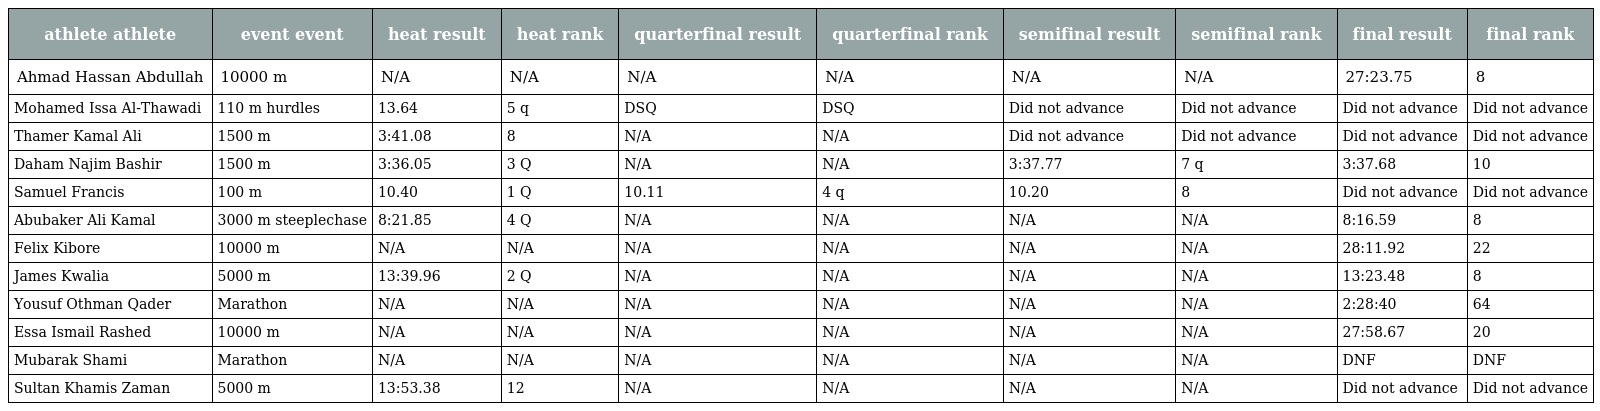
| athlete athlete | event event | heat result | heat rank | quarterfinal result | quarterfinal rank | semifinal result | semifinal rank | final result | final rank |
 | --- | --- | --- | --- | --- | --- | --- | --- | --- | --- |
 | Ahmad Hassan Abdullah | 10000 m | N/A | N/A | N/A | N/A | N/A | N/A | 27:23.75 | 8 |
 | Mohamed Issa Al-Thawadi | 110 m hurdles | 13.64 | 5 q | DSQ | DSQ | Did not advance | Did not advance | Did not advance | Did not advance |
 | Thamer Kamal Ali | 1500 m | 3:41.08 | 8 | N/A | N/A | Did not advance | Did not advance | Did not advance | Did not advance |
 | Daham Najim Bashir | 1500 m | 3:36.05 | 3 Q | N/A | N/A | 3:37.77 | 7 q | 3:37.68 | 10 |
 | Samuel Francis | 100 m | 10.40 | 1 Q | 10.11 | 4 q | 10.20 | 8 | Did not advance | Did not advance |
 | Abubaker Ali Kamal | 3000 m steeplechase | 8:21.85 | 4 Q | N/A | N/A | N/A | N/A | 8:16.59 | 8 |
 | Felix Kibore | 10000 m | N/A | N/A | N/A | N/A | N/A | N/A | 28:11.92 | 22 |
 | James Kwalia | 5000 m | 13:39.96 | 2 Q | N/A | N/A | N/A | N/A | 13:23.48 | 8 |
 | Yousuf Othman Qader | Marathon | N/A | N/A | N/A | N/A | N/A | N/A | 2:28:40 | 64 |
 | Essa Ismail Rashed | 10000 m | N/A | N/A | N/A | N/A | N/A | N/A | 27:58.67 | 20 |
 | Mubarak Shami | Marathon | N/A | N/A | N/A | N/A | N/A | N/A | DNF | DNF |
 | Sultan Khamis Zaman | 5000 m | 13:53.38 | 12 | N/A | N/A | N/A | N/A | Did not advance | Did not advance |